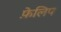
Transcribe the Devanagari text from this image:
फ़ेलिप